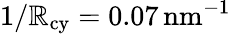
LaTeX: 1/\mathbb{R}_{\mathrm{{cy}}}=0.07{\mathrm{{\, nm}}}^{-1}